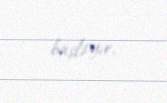
başlayır.